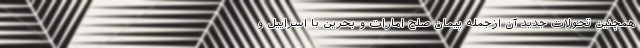
همچنین تحولات جدید آن ازجمله پیمان صلح امارات و بحرین با اسراییل و